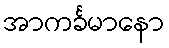
အာကင်္ခမာနော